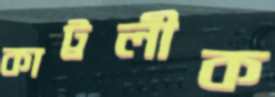
কাট্টলীক